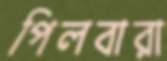
পিলবারা